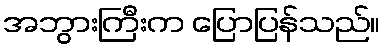
အဘွားကြီးက ပြောပြန်သည်။